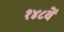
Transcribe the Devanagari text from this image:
१४८वें